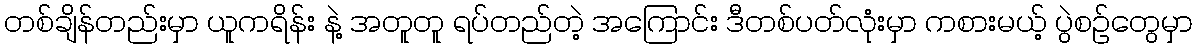
တစ်ချိန်တည်းမှာ ယူကရိန်း နဲ့ အတူတူ ရပ်တည်တဲ့ အကြောင်း ဒီတစ်ပတ်လုံးမှာ ကစားမယ့် ပွဲစဉ်တွေမှာ